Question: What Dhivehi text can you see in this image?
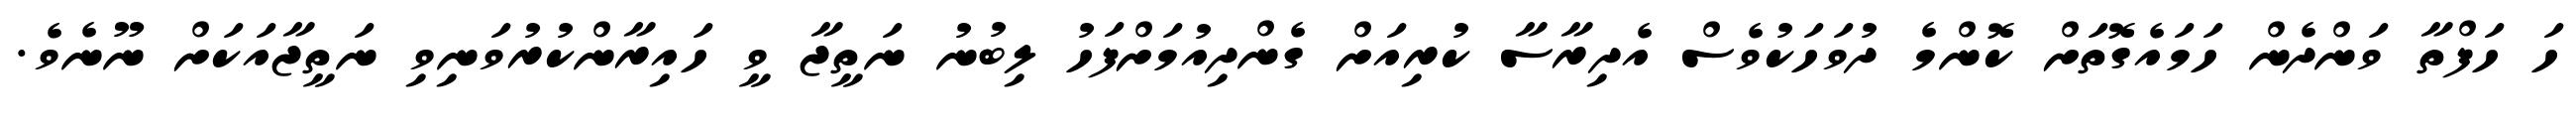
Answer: ހަ ހަފްތާ ވަންދެން ހަމައެގޮތަށް ކޮންމެ ދުވަހަކުވެސް އެދިރާސާ ކުރިއަށް ގެންދިއުމަށްފަހު ލިބުނު ނަތީޖާ ވީ ހައިރާންކުރުވަނިވި ނަތީޖާއަކަށް ނޫނެވެ.